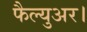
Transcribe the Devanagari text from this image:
फैल्युअर।